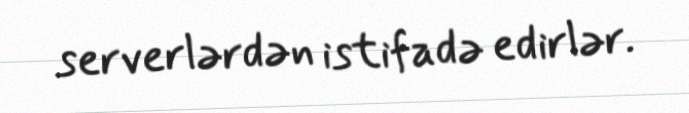
serverlərdən istifadə edirlər.